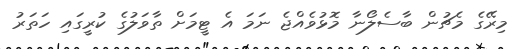
މިރޭގެ މެޗުން ބާސެލޯނާ މޮޅުވެއްޖެ ނަމަ އެ ޓީމަށް ތާވަލުގެ ކުރީގައި ހަތަރު